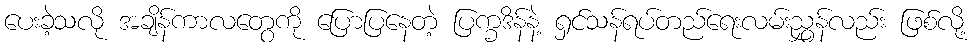
ပေးခဲ့သလို အချိန်ကာလတွေကို ပြောပြနေတဲ့ ပြက္ခဒိန်နဲ့ ရှင်သန်ရပ်တည်ရေးလမ်းညွှန်လည်း ဖြစ်လို့